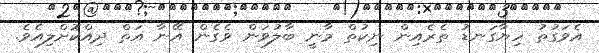
އެވަގުތު ހިޔާގަނޑު ތެރެއިން ނިކުތް މާނީ ބާލުވަން ވެގެން އޭނާ އަތް ދިއްކޮށްލިއެވެ.